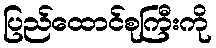
ပြည်ထောင်စုကြီးကို